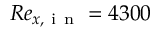
R e _ { x , \mathrm { ~ i ~ n ~ } } = 4 3 0 0